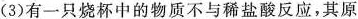
(3)有一只烧杯中的物质不与稀盐酸反应，其原